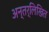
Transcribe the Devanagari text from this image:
अन्तर्लिखित